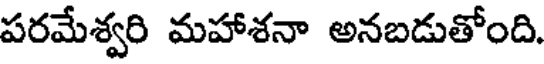
పరమేశ్వరి మహాశనా అనబడుతోంది.